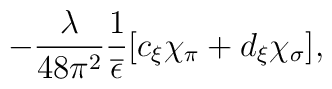
- \frac{\lambda}{48 \pi^2} \frac{1}{\overline{\epsilon}} [c_\xi \chi_\pi + d_\xi \chi_\sigma] ,